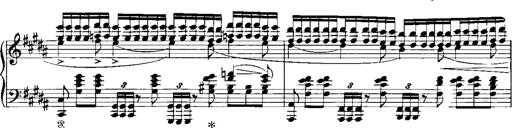
Title: RÃ©miniscences de Norma de Bellini
Composer: Franz Liszt